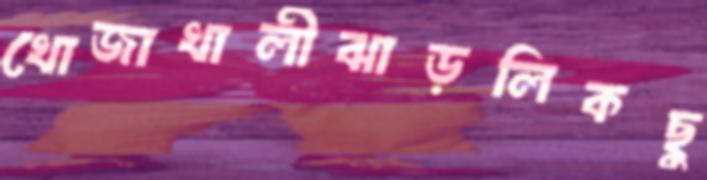
খোজাখালীঝাড়লিকছু